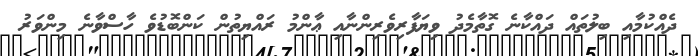
ދެއްކުމާއި ބިލުތައް ދައްކާނެ ގޮތާމެދު ވިޔަފާރިވެރިންނާއި ޢާންމު ރައްޔިތުން ކަންބޮޑުވެ ހާސްވާނެ މިންވަރު